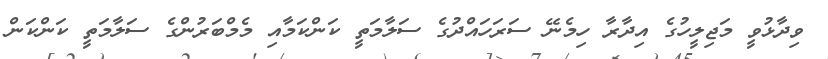
ވިދާޅުވީ މަޖިލީހުގެ އިދާރާ ހިމެނޭ ސަރަހައްދުގެ ސަލާމަތީ ކަންކަމާއި މެމްބަރުންގެ ސަލާމަތީ ކަންކަން